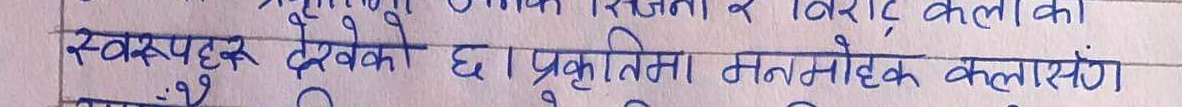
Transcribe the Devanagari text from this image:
विराट् कलाको
स्वरुपहरु देखेको छ। प्रकृतिमा मनमोहक कलासंग